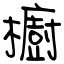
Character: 櫥